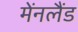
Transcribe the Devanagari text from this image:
मेंनलैंड